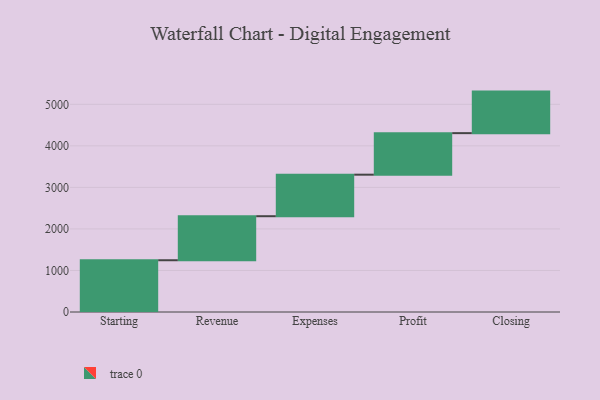
{"axis": {"x": "Step", "y": "Value"}, "legend": [""], "data": [{"x": "Starting", "y": 1246.0, "type": ""}, {"x": "Revenue", "y": 1060.0, "type": ""}, {"x": "Expenses", "y": 1000, "type": ""}, {"x": "Profit", "y": 1000, "type": ""}, {"x": "Closing", "y": 1000, "type": ""}]}